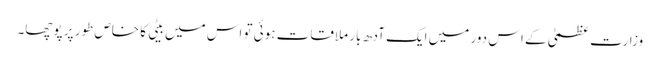
وزارت عظمیٰ کے اس دور میں ایک آدھ بار ملاقات ہوئی تو اس میں بیٹی کا خاص طور پر پوچھا۔